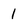
Character: 1